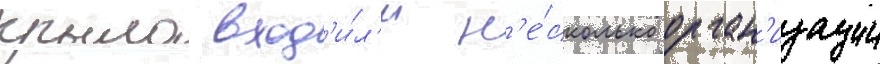
крыло вход'и́л'и н'е́сколько орган'изации